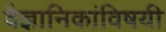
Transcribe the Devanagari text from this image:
वैज्ञानिकांविषयी